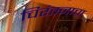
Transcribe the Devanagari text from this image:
चिरंतनाचा